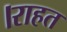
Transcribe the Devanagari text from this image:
।राहत